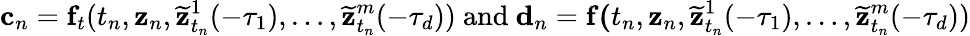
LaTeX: \mathbf{c}_{n}=\mathbf{f}_{t}(t_{n},\mathbf{z}_{n},{\widetilde{\mathbf{z}}}_{t_{n}}^{1}(-\tau_{1}),\ldots,{\widetilde{\mathbf{z}}}_{t_{n}}^{m}(-\tau_{d})){\mathrm{~and~}}\mathbf{d}_{n}=\mathbf{f(}t_{n},\mathbf{z}_{n},{\widetilde{\mathbf{z}}}_{t_{n}}^{1}(-\tau_{1}),\ldots,{\widetilde{\mathbf{z}}}_{t_{n}}^{m}(-\tau_{d}))